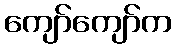
ကျော်ကျော်က